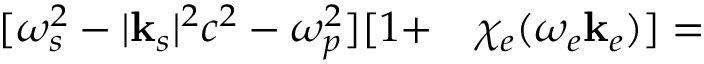
\begin{array} { r } { \begin{array} { r l } { \relax [ \omega _ { s } ^ { 2 } - | \mathbf { k } _ { s } | ^ { 2 } c ^ { 2 } - \omega _ { p } ^ { 2 } ] [ 1 + } & { { } \chi _ { e } ( \omega _ { e } \mathbf { k } _ { e } ) ] = } \end{array} } \end{array}